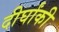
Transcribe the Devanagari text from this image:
दीर्घांकी